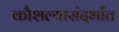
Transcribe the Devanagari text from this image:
कौशल्यासंदर्भात